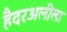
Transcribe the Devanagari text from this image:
हैदरअलीला